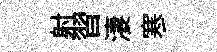
射習淒寒